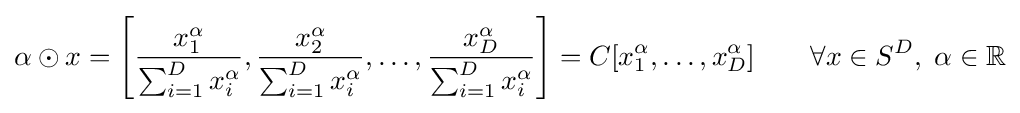
\alpha \odot x=\left[{\frac {x_{1}^{\alpha }}{\sum _{i=1}^{D}x_{i}^{\alpha }}},{\frac {x_{2}^{\alpha }}{\sum _{i=1}^{D}x_{i}^{\alpha }}},\ldots ,{\frac {x_{D}^{\alpha }}{\sum _{i=1}^{D}x_{i}^{\alpha }}}\right]=C[x_{1}^{\alpha },\ldots ,x_{D}^{\alpha }]\qquad \forall x\in S^{D},\;\alpha \in \mathbb {R}